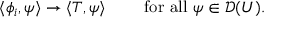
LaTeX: \langle \phi _ { i } , \psi \rangle \to \langle T , \psi \rangle \qquad { \mathrm { ~ f o r ~ a l l ~ } } \psi \in { \mathcal { D } } ( U ) .